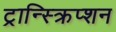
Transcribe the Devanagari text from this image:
ट्रान्स्क्रिप्शन